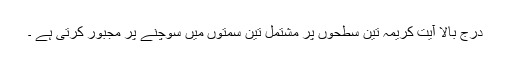
درج بالا آیت کریمہ تین سطحوں پر مشتمل تین سمتوں میں سوچنے پر مجبور کرتی ہے ۔